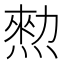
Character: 𤍂